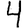
Digit: 4